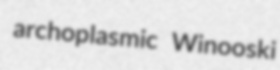
archoplasmic Winooski